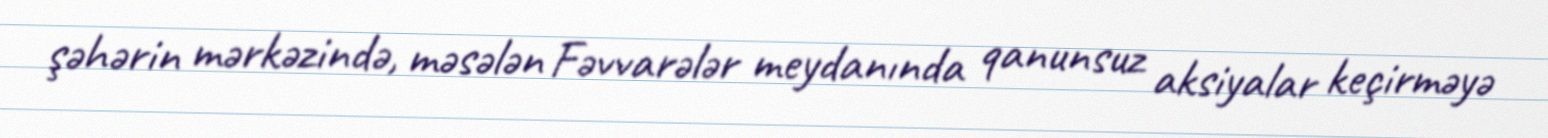
şəhərin mərkəzində, məsələn Fəvvarələr meydanında qanunsuz aksiyalar keçirməyə